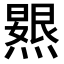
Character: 𭶐